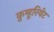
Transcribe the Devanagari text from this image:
क़ुम्हूरियेट